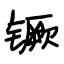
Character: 镢